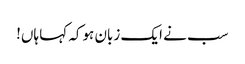
سب نے ایک زبان ہوکہ کہا ہاں!